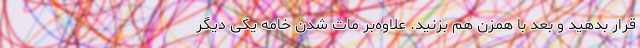
قرار بدهید و بعد با همزن هم بزنید. علاوه‌بر مات شدن خامه یکی دیگر